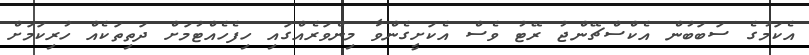
އެކަމުގެ ސަބަބުން އެކްސްޗޭންޖު ރޭޓު ވެސް އެކަށީގެންވާ މިންވަރެއްގައި ހިފެހެއްޓުމަށް ދަތިތަކެއް ހުރިކަމަށް